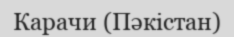
Карачи (Пәкістан)